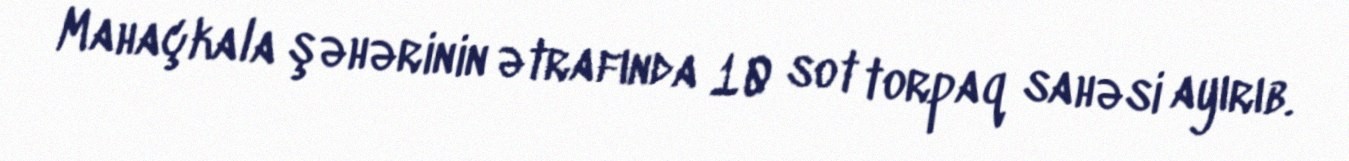
Mahaçkala şəhərinin ətrafında 10 sot torpaq sahəsi ayırıb.